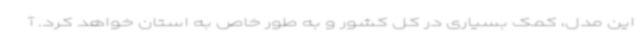
این مدل، کمک بسیاری در کل کشور و به طور خاص به استان خواهد کرد. آ